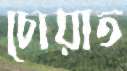
চোয়াত